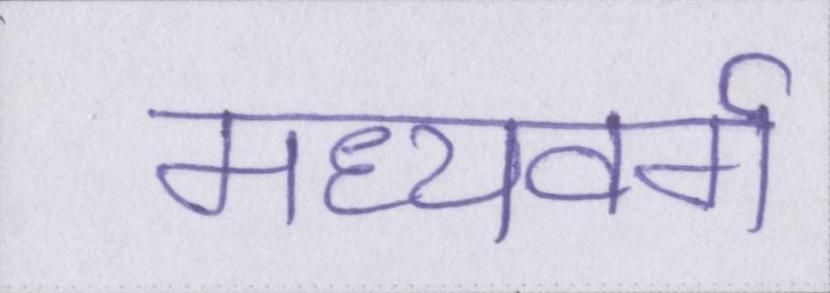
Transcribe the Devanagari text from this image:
मध्यवर्ग